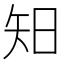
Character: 𥎭